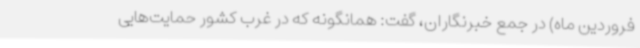
فروردین ماه) در جمع خبرنگاران، گفت: همانگونه که در غرب کشور حمایت‌هایی